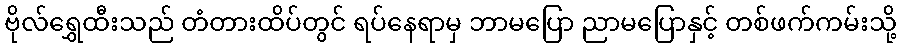
ဗိုလ်ရွှေထီးသည် တံတားထိပ်တွင် ရပ်နေရာမှ ဘာမပြော ညာမပြောနှင့် တစ်ဖက်ကမ်းသို့